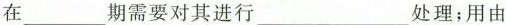
在___期需要对其进行___处理；用由